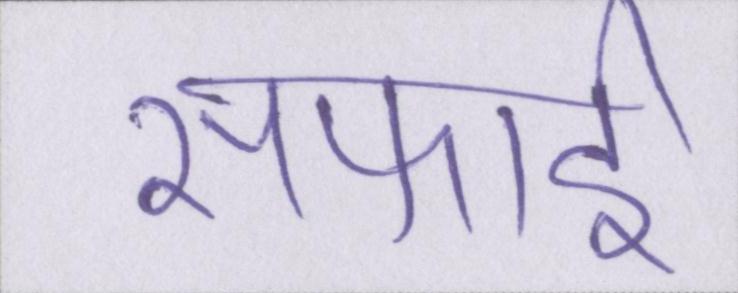
सफाई